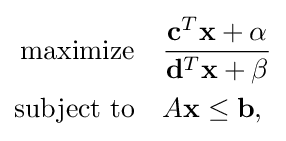
{\begin{aligned}{\text{maximize}}\quad &{\frac {\mathbf {c} ^{T}\mathbf {x} +\alpha }{\mathbf {d} ^{T}\mathbf {x} +\beta }}\\{\text{subject to}}\quad &A\mathbf {x} \leq \mathbf {b} ,\end{aligned}}